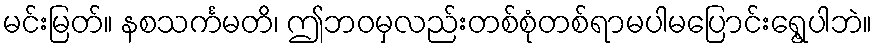
မင်းမြတ်။ နစသင်္ကမတိ၊ ဤဘဝမှလည်းတစ်စုံတစ်ရာမပါမပြောင်းရွေ့ပါဘဲ။